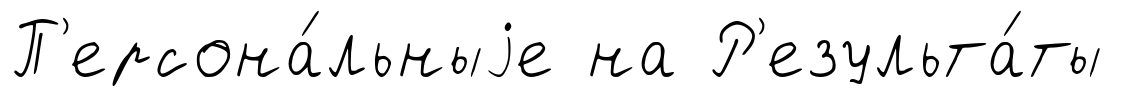
П'ерсона́льныjе на Р'езульта́ты